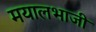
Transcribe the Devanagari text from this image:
मयालभाजी